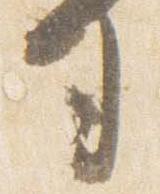
司